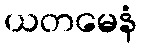
ယတမေနံ